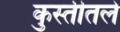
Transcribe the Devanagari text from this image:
कुस्तीतले